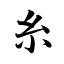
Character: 糸